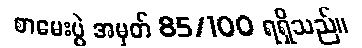
စာမေးပွဲ အမှတ် 85/100 ရရှိသည်။